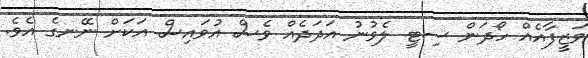
ވަޒީފާއެއް ހޯދަން ސިޓީ ލެވުނު އަދަދެއް ވެސް އުވައިސް އަކަށް ނޭނގެ އެވެ.